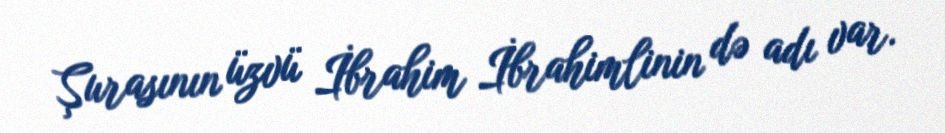
Şurasının üzvü İbrahim İbrahimlinin də adı var.